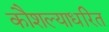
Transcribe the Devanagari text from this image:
कौशल्याधरित